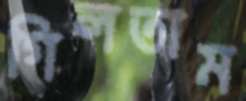
গিলতাম